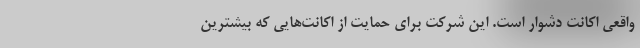
واقعی اکانت دشوار است. این شرکت برای حمایت از اکانت‌هایی که بیشترین